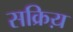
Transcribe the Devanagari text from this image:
सक्रिय़